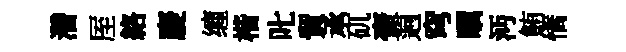
濳厔絡慶缠楷叱貿承矹壺逈穹瞩沔鮪憍